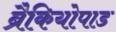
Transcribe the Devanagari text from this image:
ब्रैकियोपाड